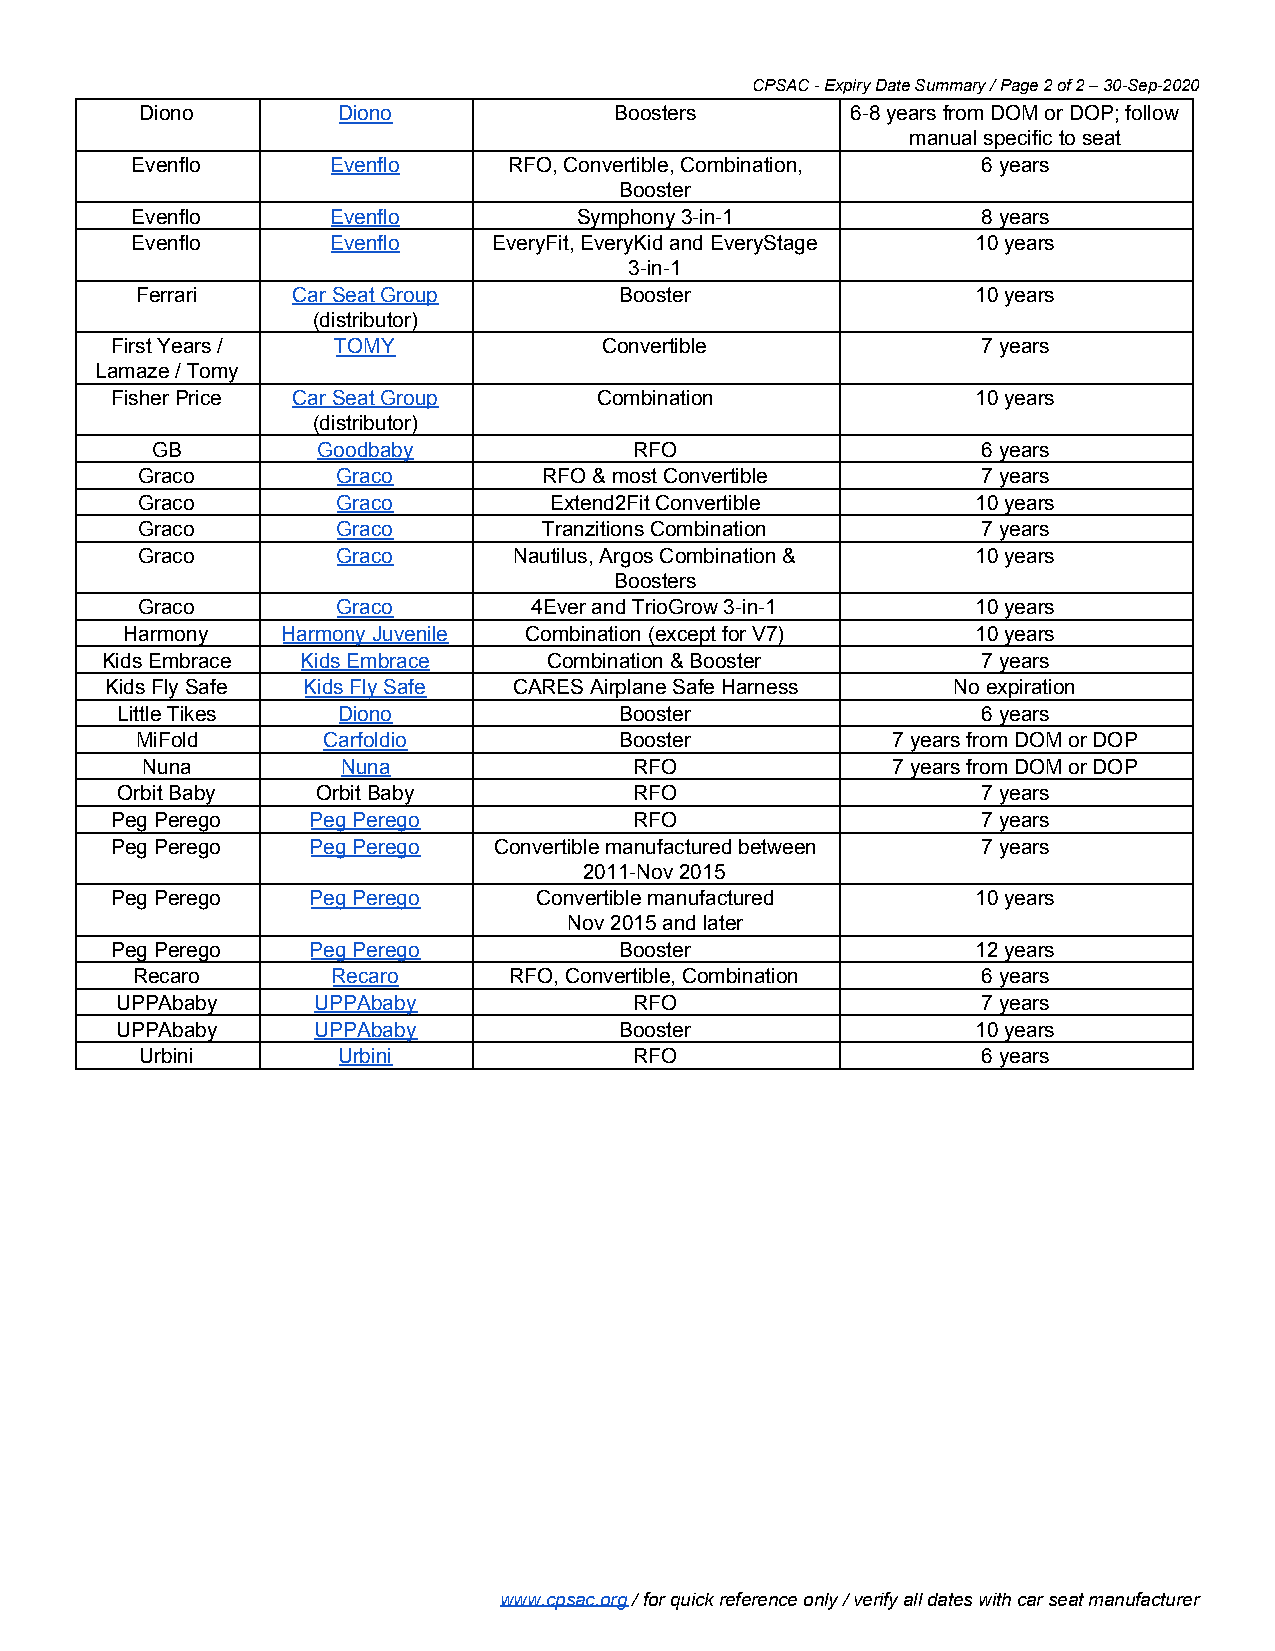
CPSAC - Expiry Date Summary / Page 2 of 2 – 30-Sep-2020
 Diono        Diono              Boosters       6-8 years from DOM or DOP; follow
 manual specific to seat
 Evenflo      Evenflo     RFO, Convertible, Combination, 6 years
 Booster
 Evenflo      Evenflo         Symphony 3-in-1            8 years
 Evenflo      Evenflo    EveryFit, EveryKid and EveryStage 10 years
 3-in-1
 Ferrari   Car Seat Group        Booster                 10 years
 (distributor)
 First Years /  TOMY              Convertible              7 years
 Lamaze / Tomy
 Fisher Price Car Seat Group      Combination              10 years
 (distributor)
 GB         Goodbaby             RFO                    6 years
 Graco        Graco         RFO & most Convertible       7 years
 Graco        Graco         Extend2Fit Convertible       10 years
 Graco        Graco         Tranzitions Combination      7 years
 Graco        Graco       Nautilus, Argos Combination &  10 years
 Boosters
 Graco        Graco        4Ever and TrioGrow 3-in-1     10 years
 Harmony    Harmony Juvenile Combination (except for V7)  10 years
 Kids Embrace Kids Embrace    Combination & Booster        7 years
 Kids Fly Safe Kids Fly Safe CARES Airplane Safe Harness No expiration
 Little Tikes  Diono              Booster                 6 years
 MiFold      Carfoldio           Booster           7 years from DOM or DOP
 Nuna          Nuna               RFO              7 years from DOM or DOP
 Orbit Baby   Orbit Baby           RFO                    7 years
 Peg Perego   Peg Perego            RFO                    7 years
 Peg Perego   Peg Perego   Convertible manufactured between 7 years
 2011-Nov 2015
 Peg Perego   Peg Perego     Convertible manufactured      10 years
 Nov 2015 and later
 Peg Perego   Peg Perego           Booster                 12 years
 Recaro       Recaro      RFO, Convertible, Combination  6 years
 UPPAbaby     UPPAbaby             RFO                    7 years
 UPPAbaby     UPPAbaby            Booster                 10 years
 Urbini       Urbini              RFO                    6 years
 www.cpsac.org / for quick reference only / verify all dates with car seat manufacturer
 ​